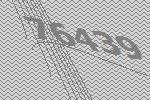
76439